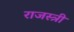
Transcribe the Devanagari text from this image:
राजस्त्री